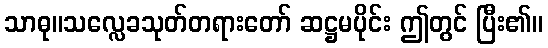
သာဓု။သလ္လေခသုတ်တရားတော် ဆဋ္ဌမပိုင်း ဤတွင် ပြီး၏။